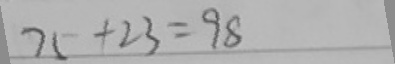
7 5 + 2 3 = 9 8